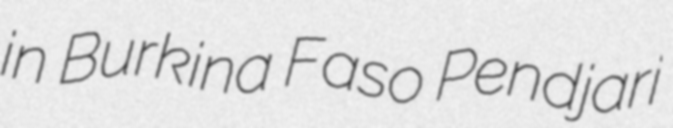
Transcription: in Burkina Faso Pendjari